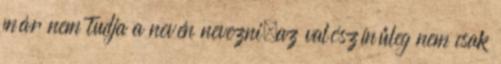
már nem tudja a nevén nevezni,az valószínűleg nem csak